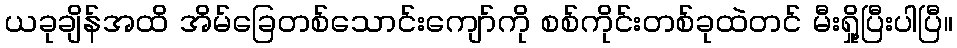
ယခုချိန်အထိ အိမ်ခြေတစ်သောင်းကျော်ကို စစ်ကိုင်းတစ်ခုထဲတင် မီးရှို့ပြီးပါပြီ။